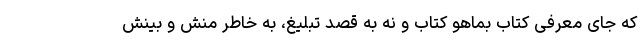
که جای معرفی کتاب بماهو کتاب و نه به قصد تبلیغ، به خاطر منش و بینش